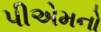
પીએમનો